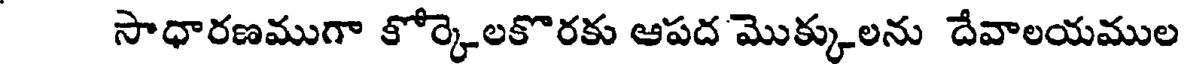
సాధారణముగా కోర్కెలకొరకు ఆపద మొక్కులను దేవాలయముల